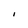
Character: I